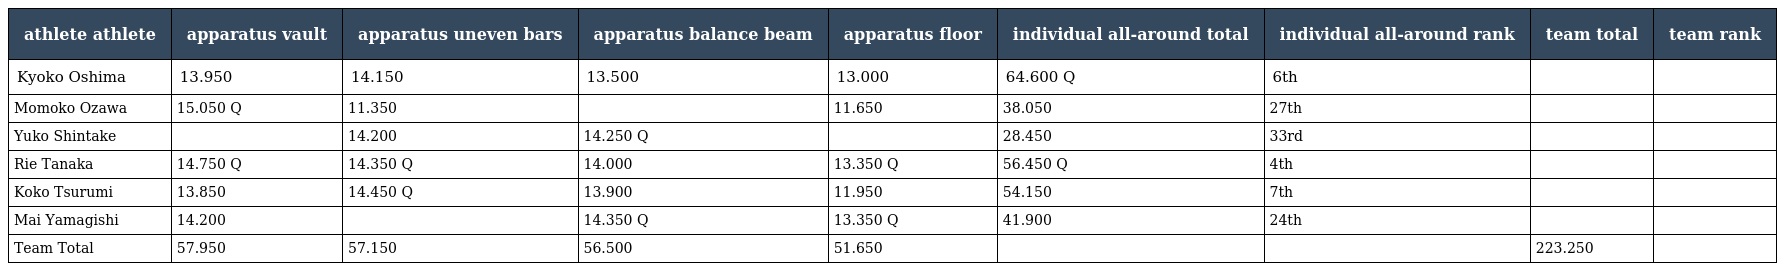
| athlete athlete | apparatus vault | apparatus uneven bars | apparatus balance beam | apparatus floor | individual all-around total | individual all-around rank | team total | team rank |
 | --- | --- | --- | --- | --- | --- | --- | --- | --- |
 | Kyoko Oshima | 13.950 | 14.150 | 13.500 | 13.000 | 64.600 Q | 6th |  |  |
 | Momoko Ozawa | 15.050 Q | 11.350 |  | 11.650 | 38.050 | 27th |  |  |
 | Yuko Shintake |  | 14.200 | 14.250 Q |  | 28.450 | 33rd |  |  |
 | Rie Tanaka | 14.750 Q | 14.350 Q | 14.000 | 13.350 Q | 56.450 Q | 4th |  |  |
 | Koko Tsurumi | 13.850 | 14.450 Q | 13.900 | 11.950 | 54.150 | 7th |  |  |
 | Mai Yamagishi | 14.200 |  | 14.350 Q | 13.350 Q | 41.900 | 24th |  |  |
 | Team Total | 57.950 | 57.150 | 56.500 | 51.650 |  |  | 223.250 |  |